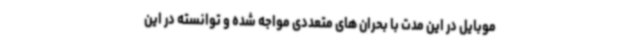
موبایل در این مدت با بحران‌ های متعددی مواجه شده و توانسته در این